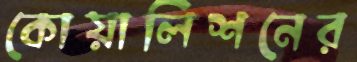
কোয়ালিশনের